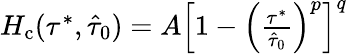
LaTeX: \begin{array}{r}{H_{\mathrm{c}}(\tau^{*},\hat{\tau}_{0})=A\left[1-\left(\frac{\tau^{*}}{\hat{\tau}_{0}}\right)^{p}\right]^{q}}\end{array}